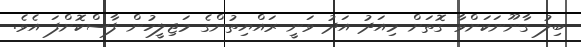
ބިލު ގާނޫނަކަށްވާ ގޮތަށް މިއަދު އަދު ވަނީ ރައްޔިތުންގެ މަޖިލީހުން ފާސްކޮށްފަ އެވެ.